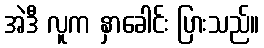
အဲဒီ လူက နှာခေါင်း ပြားသည်။